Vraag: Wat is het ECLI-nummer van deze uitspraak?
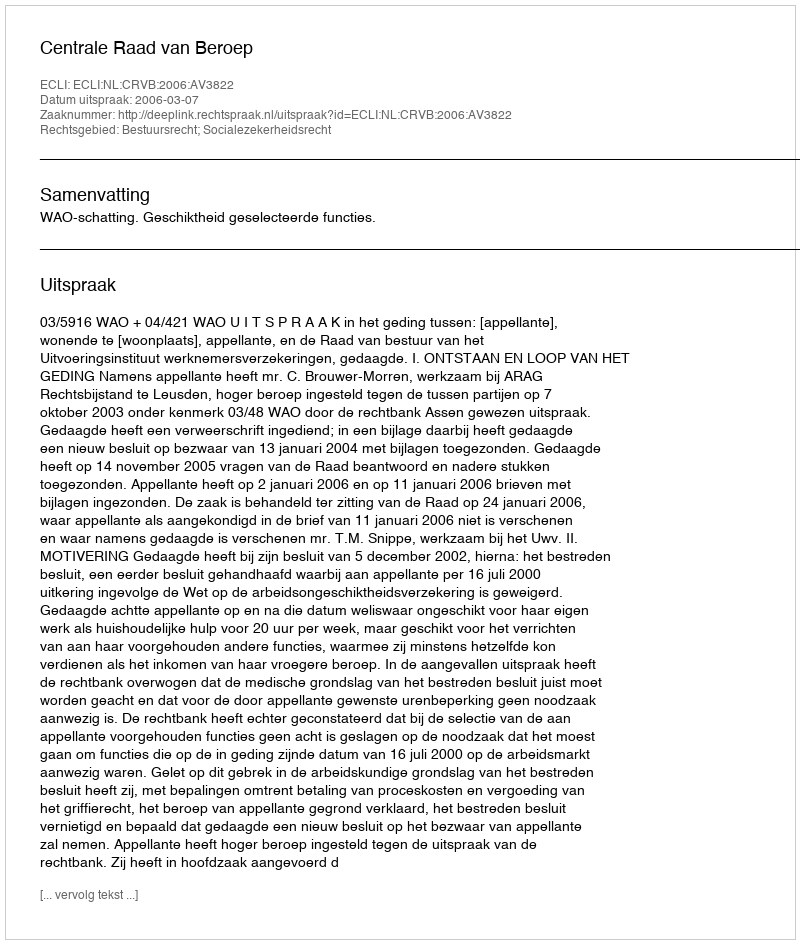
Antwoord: ECLI:NL:CRVB:2006:AV3822